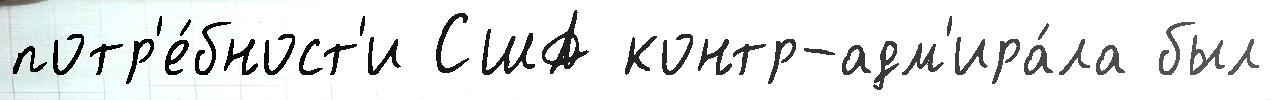
потр'е́бност'и США контр-адм'ира́ла был